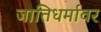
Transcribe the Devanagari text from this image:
जातिधर्मावर